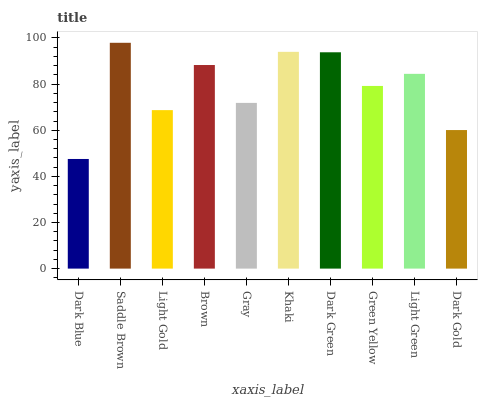
| xaxis_label | bars |
 | --- | --- |
 | Dark Blue | 47.5 |
 | Saddle Brown | 97.9 |
 | Light Gold | 68.7 |
 | Brown | 88.3 |
 | Gray | 71.9 |
 | Khaki | 94 |
 | Dark Green | 93.8 |
 | Green Yellow | 79.2 |
 | Light Green | 84.4 |
 | Dark Gold | 60.1 |